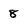
Character: 8